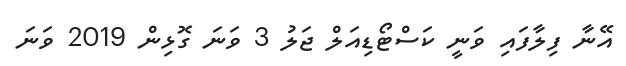
އޭނާ ފިލާފައި ވަނީ ކަސްޓޯޑިއަލް ޖަލު 3 ވަނަ ގޮޅިން 2019 ވަނަ